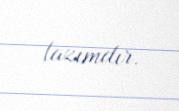
lazımdır.